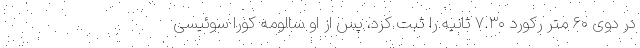
در دوی ۶۰ متر رکورد ۷.۳۰ ثانیه را ثبت کرد، پس از او سالومه کورا سوئیسی